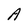
Character: A